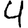
Digit: 4